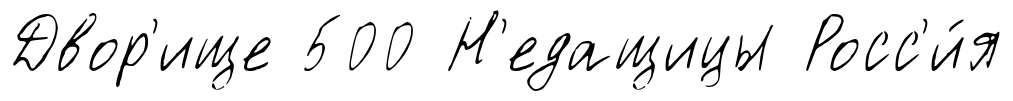
Двор'ище 500 Н'едащицы Росс'и́я